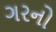
ગરનો